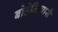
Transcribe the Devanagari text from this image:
बोहेमियासे